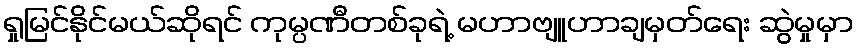
ရှုမြင်နိုင်မယ်ဆိုရင် ကုမ္ပဏီတစ်ခုရဲ့ မဟာဗျူဟာချမှတ်ရေး ဆွဲမှုမှာ